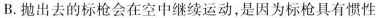
B.抛出去的标枪会在空中继续运动，是因为标枪具有惯性